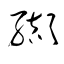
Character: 纈